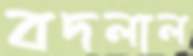
বদলাল